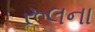
રૂલના